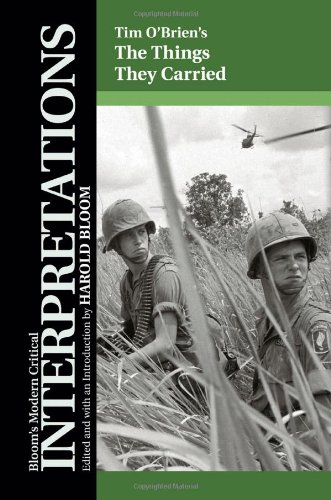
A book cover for The Things They Carried (Bloom's Modern Critical Interpretations); Teen & Young Adult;